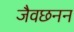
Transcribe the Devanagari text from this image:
जैवछनन